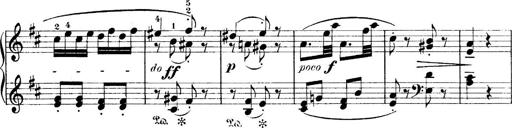
Title: 4 Sonatines
Composer: Max Reger